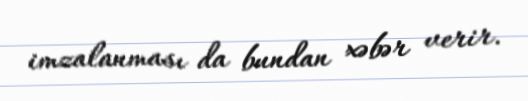
imzalanması da bundan xəbər verir.